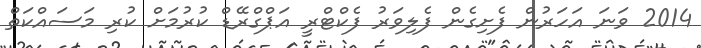
2014 ވަނަ އަހަރުން ފެށިގެން ފެލިވަރު ފެކްޓްރީ އަޕްގްރޭޑް ކުރުމަށް ކުރި މަސައްކަތް